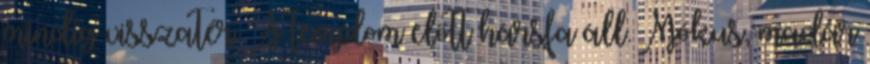
mindig visszatér. A templom előtt hársfa áll. Mókus, madár